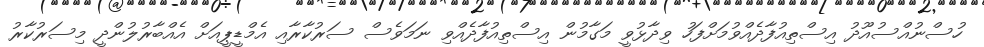
ހުސްނުއްސުއޫދު އިސްތިއުފާދެއްވުމަށްފަހު ވިދާޅުވީ މަގާމުން އިސްތިއުފާދެއްވި ނަމަވެސް ސަރުކާރާއި އެމްޑީޕީއަށް އެއްބާރުލުންދީ މިސަރުކާރު